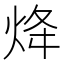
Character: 𤇺